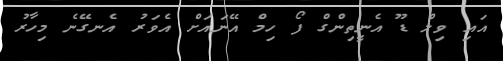
އައި ވިލް ޑޫ އެނީތިންގް ފޯ ހިމް އޭނައަށް އެވަރު އެނގޭނެ މިހާރު